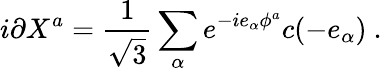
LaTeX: i\partial X^{a}={\frac{1}{\sqrt 3}}\sum_{\alpha}e^{-ie_{\alpha}\phi^{a}}c(-e_{\alpha})~.